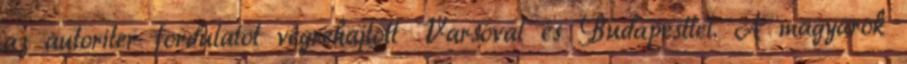
az autoriter fordulatot végrehajtott Varsóval és Budapesttel. A magyarok